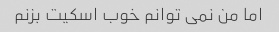
اما من نمی توانم خوب اسکیت بزنم